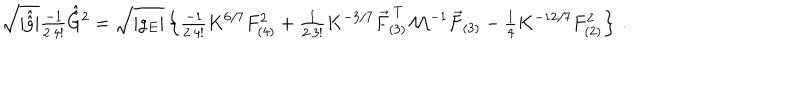
\sqrt { | \hat { \hat { g } } | } { \textstyle \frac { - 1 } { 2 \cdot 4 ! } } \hat { \hat { G } } { } ^ { 2 } = \sqrt { | g _ { E } | } \left\{ { \textstyle \frac { - 1 } { 2 \cdot 4 ! } } K ^ { 6 / 7 } F _ { ( 4 ) } ^ { 2 } + { \textstyle \frac { 1 } { 2 \cdot 3 ! } } K ^ { - 3 / 7 } \vec { F } _ { ( 3 ) } ^ { \ T } { \cal M } ^ { - 1 } \vec { F } _ { ( 3 ) } - { \textstyle \frac { 1 } { 4 } } K ^ { - 1 2 / 7 } F _ { ( 2 ) } ^ { 2 } \right\} \, .